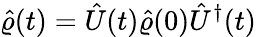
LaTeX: \hat{\varrho}(t)=\hat{U}(t)\hat{\varrho}(0)\hat{U}^{\dagger}(t)